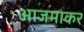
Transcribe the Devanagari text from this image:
आजमाकर